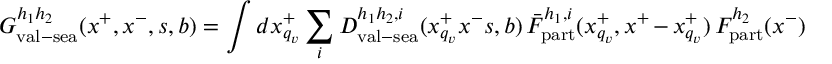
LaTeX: G _ { \mathrm { v a l } - \mathrm { s e a } } ^ { h _ { 1 } h _ { 2 } } ( x ^ { + } , x ^ { - } , s , b ) = \int d x _ { q _ { v } } ^ { + } \sum _ { i } D _ { \mathrm { v a l } - \mathrm { s e a } } ^ { h _ { 1 } h _ { 2 } , i } ( x _ { q _ { v } } ^ { + } x ^ { - } s , b ) \, \bar { F } _ { \mathrm { p a r t } } ^ { h _ { 1 } , i } ( x _ { q _ { v } } ^ { + } , x ^ { + } - x _ { q _ { v } } ^ { + } ) \, F _ { \mathrm { p a r t } } ^ { h _ { 2 } } ( x ^ { - } )